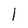
Character: I